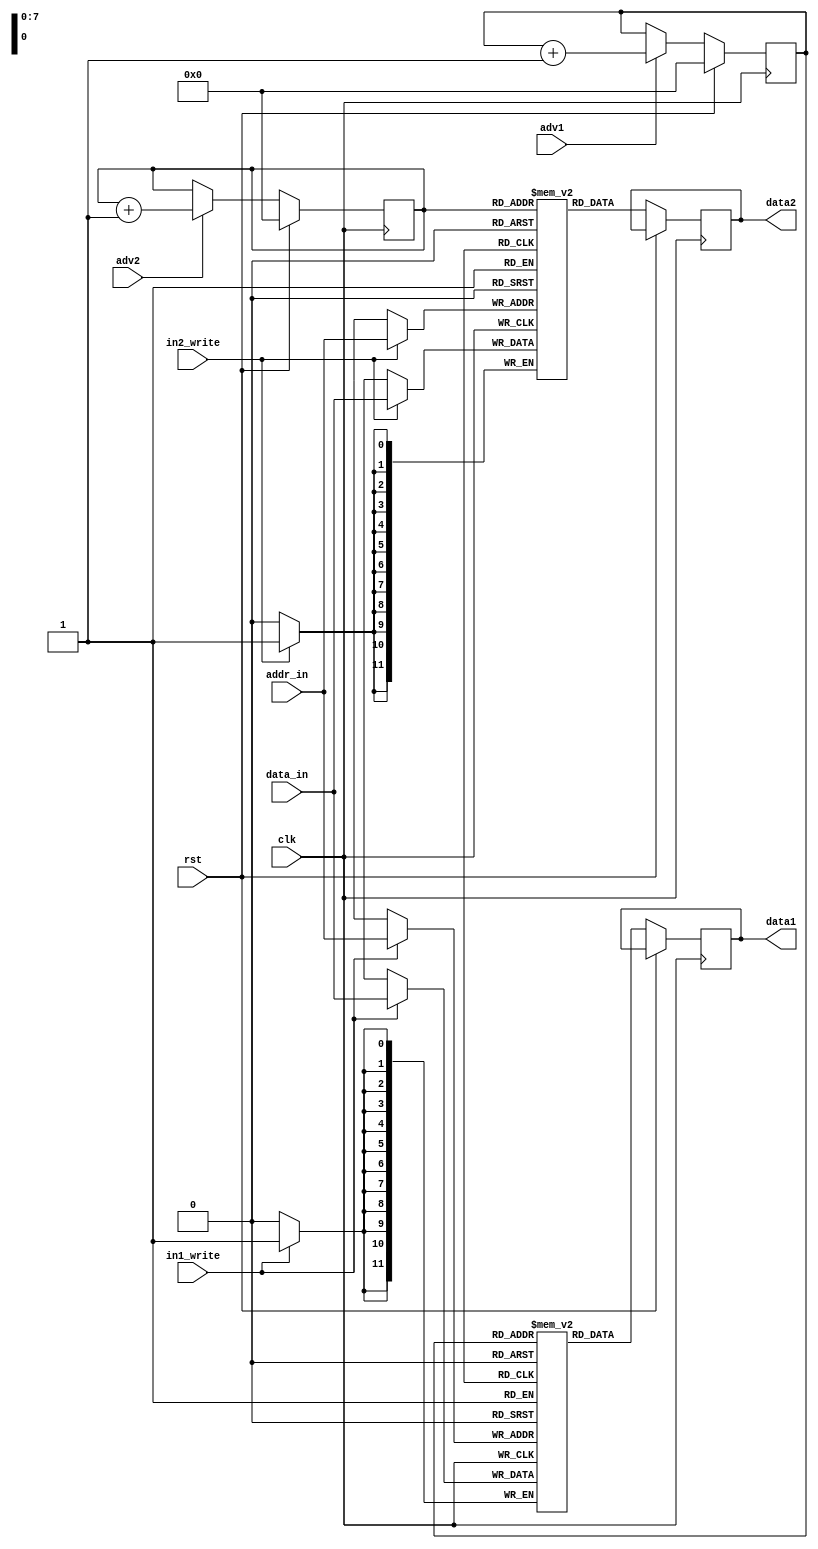
`timescale 1ns / 1ps
// Copyright (C) 2020 Michael Bell

// Definition of input data.
module Input(
    input clk,
	 input rst,
    input adv1,
    input adv2,
    output reg [11:0] data1,
    output reg [11:0] data2,
	 
	 input in1_write,
	 input in2_write,
	 input [7:0] addr_in,
	 input [11:0] data_in
    );

	reg [7:0] addr1 = 8'h00;
	reg [7:0] addr2 = 8'h00;
	
	reg [11:0] input1_array [255:0];
	reg [11:0] input2_array [255:0];
	
	always @(posedge clk) begin
		if (rst) begin
			addr1 <= 8'h00;
			addr2 <= 8'h00;
		end
		else begin
			data1 <= input1_array[addr1];
			data2 <= input2_array[addr2];

			if (adv1) addr1 <= addr1 + 1'b1;
			if (adv2) addr2 <= addr2 + 1'b1;
		end
	end

	always @(posedge clk) begin
		if (in1_write)
			input1_array[addr_in] <= data_in;
		if (in2_write)
			input2_array[addr_in] <= data_in;
	end
endmodule